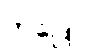
ဘဒြော